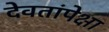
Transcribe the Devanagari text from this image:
देवतांपेक्षा